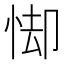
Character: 𪫸